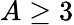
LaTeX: A\geq 3